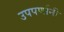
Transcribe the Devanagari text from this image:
उपपर्णानी